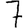
Digit: 7